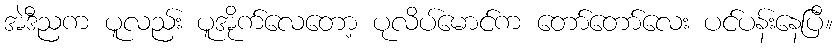
အဲဒီညက ပူလည်း ပူအိုက်လေတော့ ပုလိပ်မောင်က တော်တော်လေး ပင်ပန်းနေပြီ။